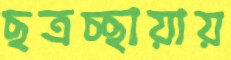
ছত্রচ্ছায়ায়